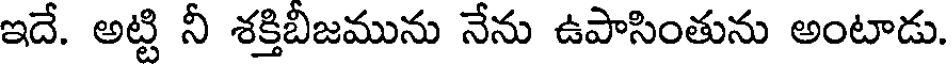
ఇదే. అట్టి నీ శక్తిబీజమును నేను ఉపాసింతును అంటాడు.